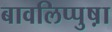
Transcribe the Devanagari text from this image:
बावलिप्पुष़ा